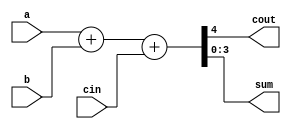
module adder_4(a, b, cin, cout, sum);
input   [3:0] a, b;
input         cin;
output  [3:0] sum;
output        cout;

assign {cout, sum} = a + b + cin;

endmodule